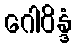
ဂေါဝိန္ဒံ